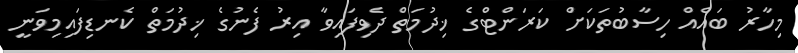
މިހާރު ބައެއް ހިސާބުތަކަށް ކަރަންޓްގެ ޚިދުމަތް ދެވިފައިވާ އިރު ފެނުގެ ޚިދުމަތް ކެނޑިފައިމިވަނީ